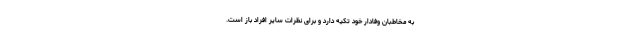
به مخاطبان وفادار خود تکیه دارد و برای نظرات سایر افراد باز است.